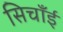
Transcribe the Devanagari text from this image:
सिचाँई